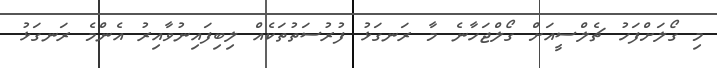
މި ގޯލަށްފަހު ޗެލްސީއަށް ގޯލްޖަހާނެ މާ ރަނގަޅު ފުރުސަތުތަކެއް ލިބިފައިނުވާއިރު އެންމެ ރަނގަޅު